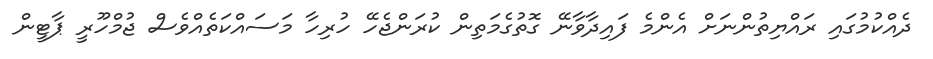
ދެއްކުމުގައި ރައްޔިތުންނަށް އެންމެ ފައިދާވާނޭ ގޮތުގެމަތިން ކުރަންޖެހޭ ހުރިހާ މަސައްކަތެއްވެސް ޖުމްހޫރީ ޕާޓީން